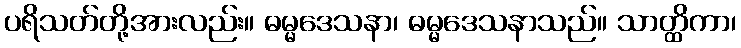
ပရိသတ်တို့အားလည်း။ ဓမ္မဒေသနာ၊ ဓမ္မဒေသနာသည်။ သာတ္ထိကာ၊